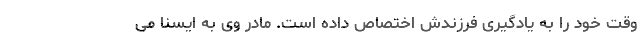
وقت خود را به یادگیری فرزندش اختصاص داده است. مادر وی به ایسنا می